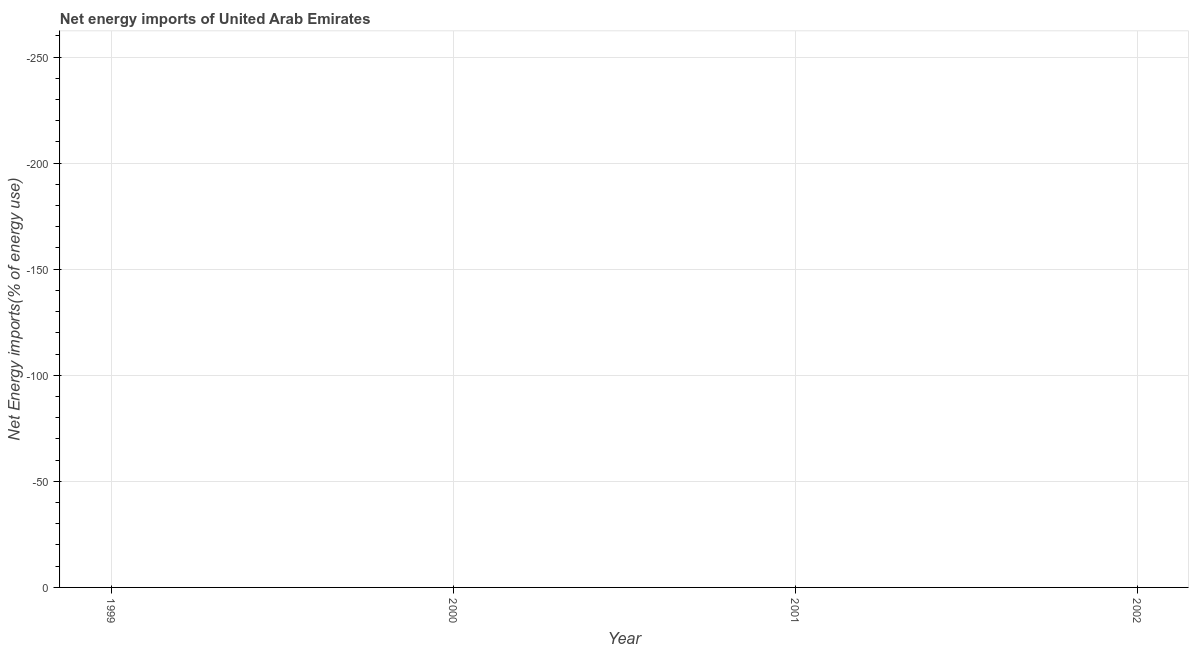
| Year | Energy imports |
 | --- | --- |
 | 1999 | -338 |
 | 2000 | -361 |
 | 2001 | -308 |
 | 2002 | -267 |